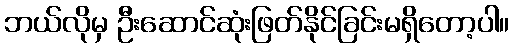
ဘယ်လိုမှ ဦးဆောင်ဆုံးဖြတ်နိုင်ခြင်းမရှိတော့ပါ။